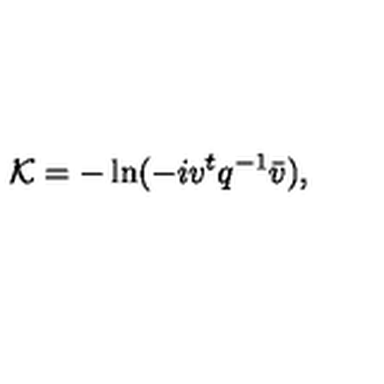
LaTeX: { \cal K } = - \ln ( - i v ^ { t } q ^ { - 1 } \bar { v } ) ,